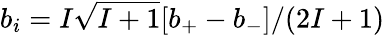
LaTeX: b_{i}={I\sqrt{I+1}[b_{+}-b_{-}]}/{(2I+1)}